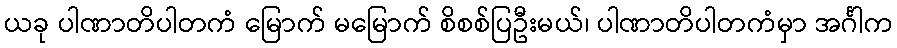
ယခု ပါဏာတိပါတကံ မြောက် မမြောက် စိစစ်ပြဦးမယ်၊ ပါဏာတိပါတကံမှာ အင်္ဂါက